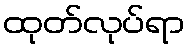
ထုတ်လုပ်ရာ